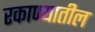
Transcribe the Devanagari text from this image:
रकाण्यातील